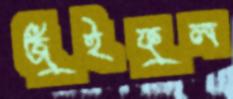
জুঁইফুল